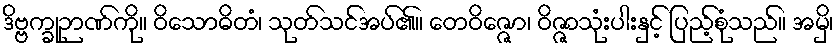
ဒိဗ္ဗက္ခုဉာဏ်ကို။ ဝိသောဓိတံ၊ သုတ်သင်အပ်၏။ တေဝိဇ္ဇော၊ ဝိဇ္ဇာသုံးပါးနှင့် ပြည့်စုံသည်။ အမှိ၊